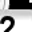
Digit: 2